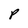
Character: P